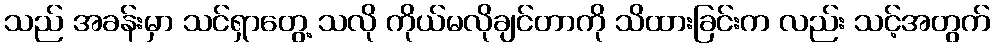
သည် အခန်းမှာ သင်ရှာတွေ့ သလို ကိုယ်မလိုချင်တာကို သိထားခြင်းက လည်း သင့်အတွက်